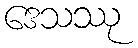
ဒေသဿု